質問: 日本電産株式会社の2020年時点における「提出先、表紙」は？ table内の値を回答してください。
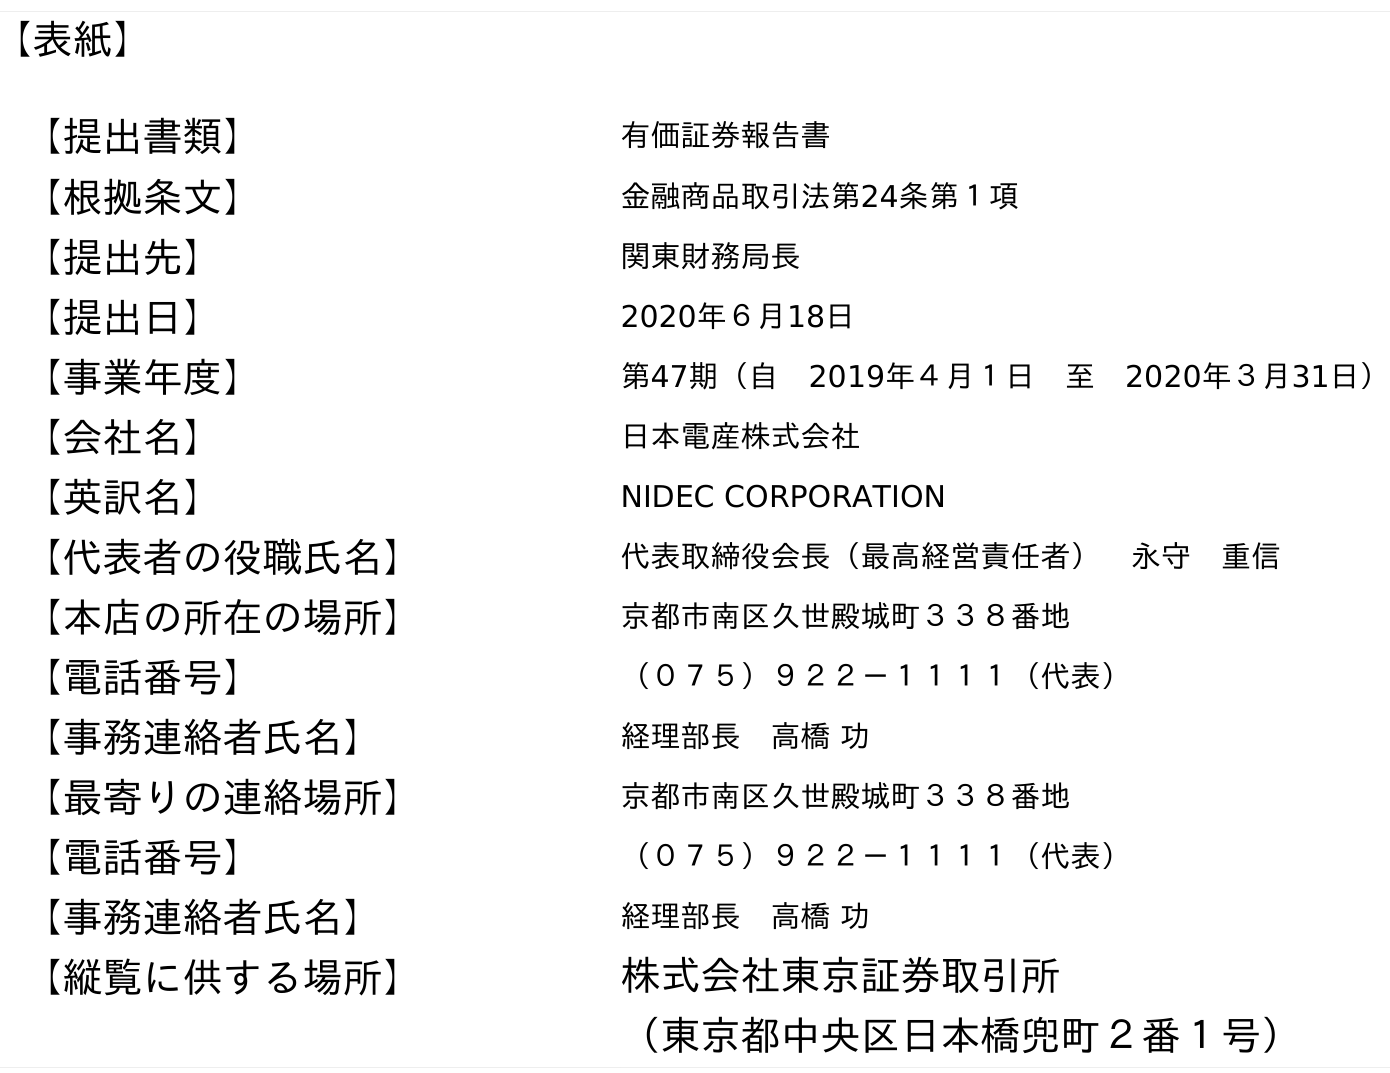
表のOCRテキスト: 【表紙】 【提出書類】 有価証券報告書 【根拠条文】 金融商品取引法第24条第１項 【提出先】 関東財務局長 【提出日】 2020年６月18日 【事業年度】 第47期（自 2019年４月１日 至 2020年３月31日） 【会社名】 日本電産株式会社 【英訳名】 NIDEC CORPORATION 【代表者の役職氏名】 代表取締役会長（最高経営責任者） 永守 重信 【本店の所在の場所】 京都市南区久世殿城町３３８番地 【電話番号】 （０７５）９２２－１１１１（代表） 【事務連絡者氏名】 経理部長 高橋 功 【最寄りの連絡場所】 京都市南区久世殿城町３３８番地 【電話番号】 （０７５）９２２－１１１１（代表） 【事務連絡者氏名】 経理部長 高橋 功 【縦覧に供する場所】 株式会社東京証券取引所 （東京都中央区日本橋兜町２番１号）
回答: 関東財務局長